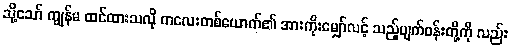
သို့သော် ကျွန်မ ထင်ထားသလို ကလေးတစ်ယောက်၏ အားကိုးမျှော်လင့် သည့်မျက်ဝန်းတို့ကို လည်း